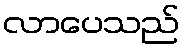
လာပေသည်